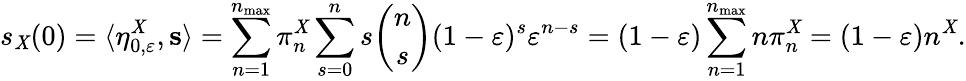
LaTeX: s_{\mathit{X}}(0)=\langle\eta_{0,\varepsilon}^{\mathit{X}},\mathbf{{s}}\rangle=\sum_{n=1}^{n_{\operatorname*{max}}}\pi_{n}^{\mathit{X}}\sum_{s=0}^{n}s\binom{n}{s}(1-\varepsilon)^{s}\varepsilon^{n-s}=(1-\varepsilon)\sum_{n=1}^{n_{\operatorname*{max}}}n\pi_{n}^{\mathit{X}}=(1-\varepsilon)n^{\mathit{X}}.